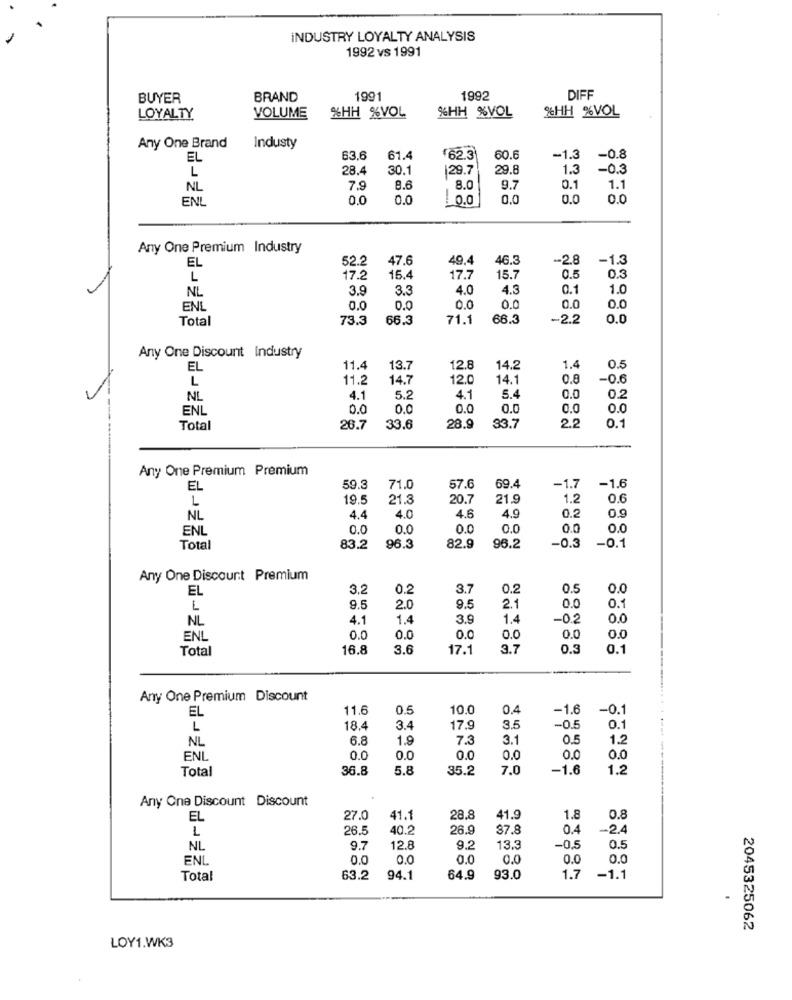
INDUSTRY LOYALTY ANALYSIS
1992 vs 1991
BUYER
BRAND
1991
1992
DIF
%HH %VOL
%HH %VOL
LOYALTY
VOLUME
%HH %VOL
Any One Brand
Industy
EL
63.6
61.4
62.3
60.6
-1.3
-0.8
L
28.4
30.1
29.7
29.8
1.3
-0.3
NL
7.9
8.6
8.0
9.7
0.1
1.1
ENL
0.0
0.0
1.0.0
0,0
0.0
0.0
Any One Premium Industry
52.2
47.6
49.4
46.3
-2.8
-1.3
EL
L
17.2
16.4
17.7
15.7
0.5
0.3
NL
3.9
3.3
4.0
4.3
0.1
1.0
0.0
ENL
0.0
0.0
0.0
0.0
0.0
Total
73.3
66.3
71.1
66.3
-2.2
0.0
Any One Discount Industry
EL
11.4
13.7
12.8
14.2
1.4
0.5
L
11.2
14.7
12.0
14.1
0.8
-0.6
NL
4.1
5.2
4.1
5.4
0.0
0.2
ENL
0.0
0.0
0.0
0.0
0.0
0.0
Total
26.7
33.6
28.9
33.7
2.2
0.1
Any One Premium Premium
EL
59.3
71.0
57.6
69.4
-1.7
-1.6
L
19.5
21.3
20.7
21.9
1.2
0.6
0.2
0.9
NL
4.4
4.0
4.6
4.9
ENL
0.0
0.0
0.0
0.0
0.0
0.0
-0.3
Total
83.2
96.3
82.9
96.2
-0.1
Any One Discount Premium
EL
3.2
0.2
3.7
0.2
0.5
0.0
0.0
9.5
2.0
9.5
2.1
0.1
NL
4.1
1.4
39
1.4
-0.2
0.0
ENL
0.0
0.0
0.0
0.0
0.0
0.0
Total
16.8
3.6
17.1
3.7
0.3
0.1
Any One Premium Discount
EL
11.6
0.5
10.0
0.4
-1.6
-0.1
18.4
3.4
17.9
3.5
-0.5
0.1
NL
6.8
1.9
7.3
3.1
0.5
1.2
ENL
0.0
0.0
0.0
0.0
0.0
0.0
Total
36.8
5.8
35.2
7.0
-1.6
1.2
Any One Discount Discount
EL
27.0
41.1
28.8
41.9
1.8
0.8
1
26.5
40.2
26.9
87.8
0.4
-2.4
-0.5
NL
9.7
12.8
9.2
13.3
0.5
ENL
0.0
0.0
0.0
0.0
0.0
0.0
Total
63.2
94.1
64.9
93.0
1.7
-1.1
2045325062
LOY1.WK3